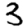
Digit: 3